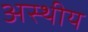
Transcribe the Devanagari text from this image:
अस्थीय